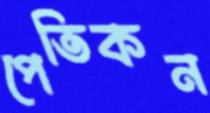
পেতিকন